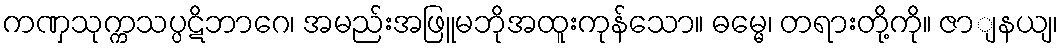
ကဏှသုက္ကသပ္ပဋိဘာဂေ၊ အမည်းအဖြူမဘိုအထူးကုန်သော။ ဓမ္မေ၊ တရားတို့ကို။ ဇာျနယျ၊